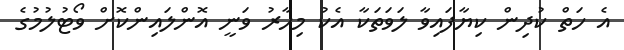
އެ ހަތް ކުދިން ކިޔާފައިވާ ލަވަތަކާ އެކު މިހާރު ވަނީ އޮންލައިންކޮށް ވޯޓުލުމުގެ